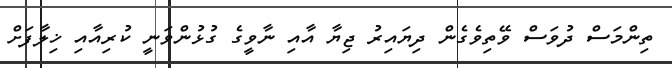
ތިންމަސް ދުވަސް ވޭތިވެގެން ދިޔައިރު ޖިޔާ އާއި ނާވީގެ ގުޅުންވަނީ ކުރިއާއި ޚިލާފަށް